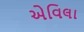
એવિલા